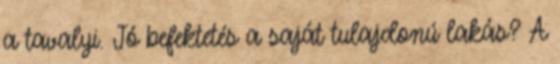
a tavalyi. Jó befektetés a saját tulajdonú lakás? A